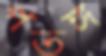
পতঙ্গ